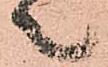
々